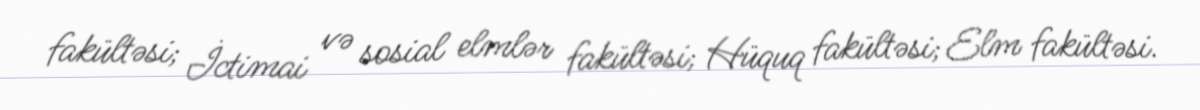
fakültəsi; İctimai və sosial elmlər fakültəsi; Hüquq fakültəsi; Elm fakültəsi.